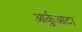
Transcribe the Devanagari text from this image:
आर्कुआटा